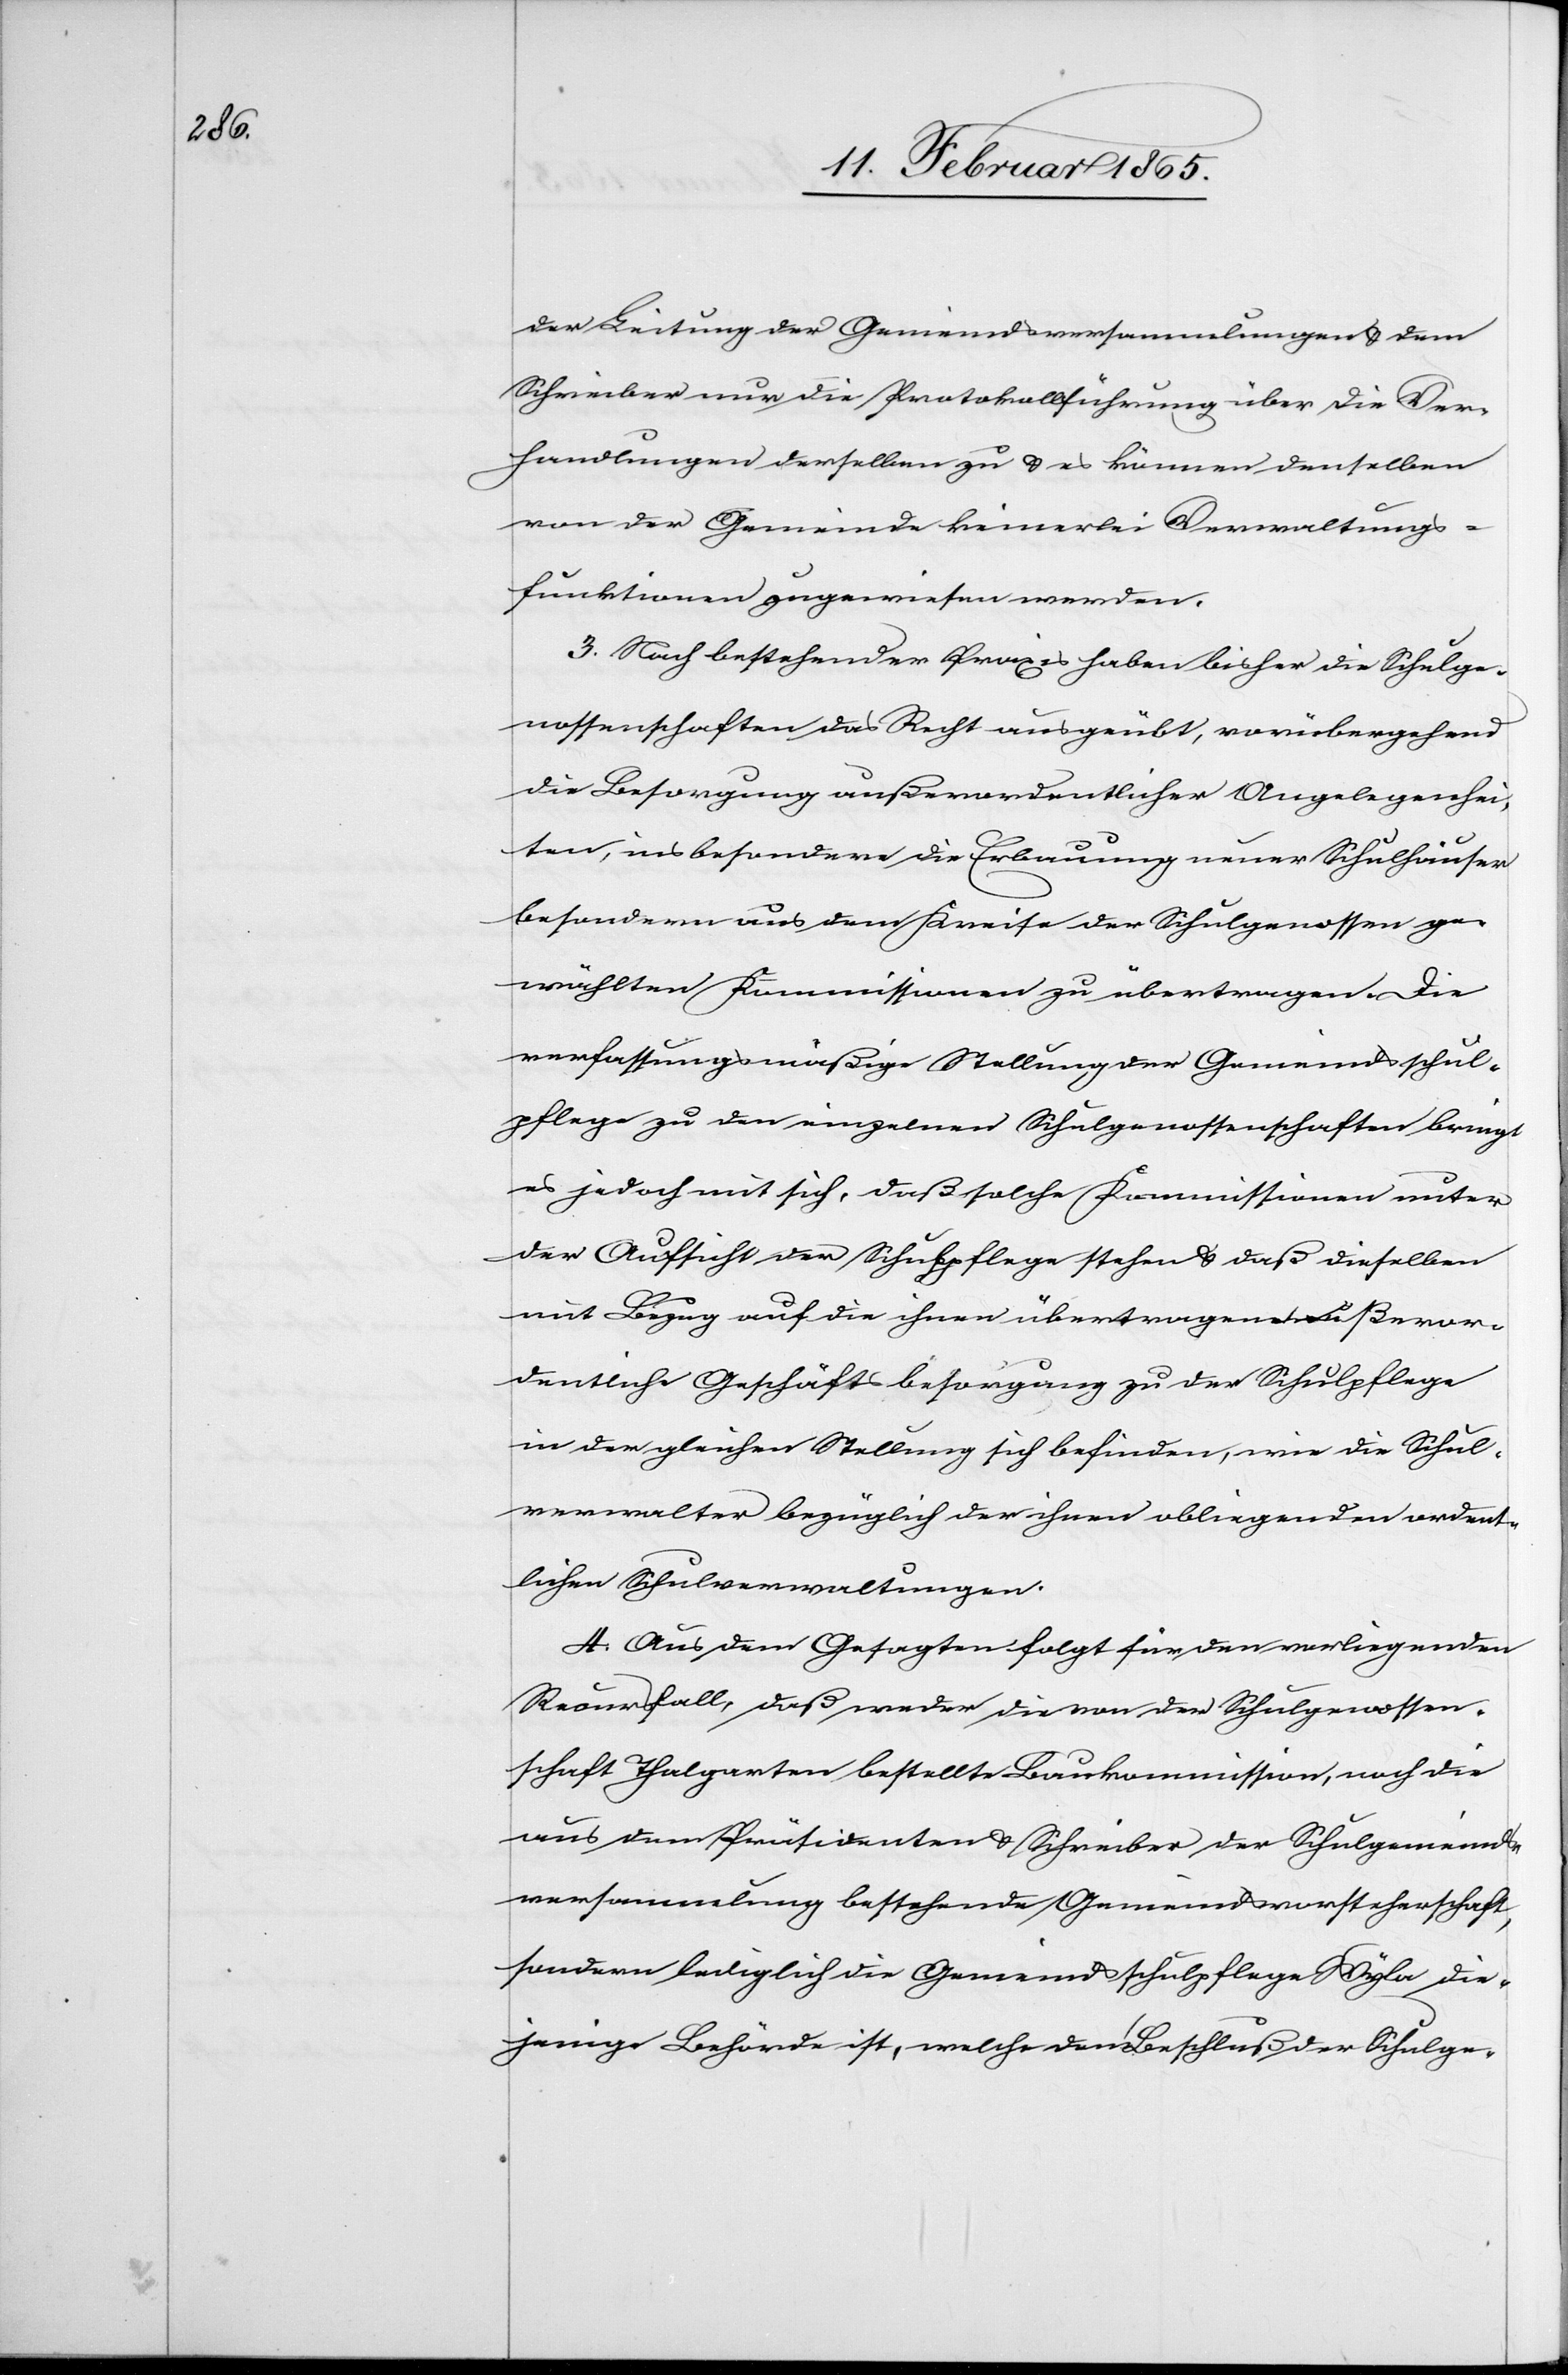
der Leitung der Gemeindsversammlungen u. dem
Schreiber nur die Protokollführung über die Ver¬
handlungen derselben zu u. es können denselben
von der Gemeinde keinerlei Verwaltungs¬
funktionen zugewiesen werden.
3. Nach bestehender Praxis haben bisher die Schulge¬
nossenschaften das Recht ausgeübt, vorübergehend
die Besorgung außerordentlicher Angelegenhei¬
ten, ins besondere die Erbauung neuer Schulhäuser
besondern aus dem Kreise der Schulgenossen ge¬
wählten Kommissionen zu übertragen. Die
verfassungsmäßige Stellung der Gemeindsschul¬
pflege zu den einzelnen Schulgenossenschaften bringt
es jedoch mit sich, daß solche Kommissionen unter
der Aufsicht der Schulpflege stehen u. daß dieselben
mit Bezug auf die ihnen übertragene außeror¬
dentliche Geschäftsbesorgung zu der Schulpflege
in der gleichen Stellung sich befinden, wie die Schul¬
verwalter bezüglich der ihnen obliegenden ordent¬
lichen Schulverwaltungen.
4. Aus dem Gesagten folgt für den vorliegenden
Recursfall, daß weder die von der Schulgenossen¬
schaft Thalgarten bestellte Baukommission, noch die
aus dem Präsidenten u. Schreiber der Schulgemeinds¬
versammlung bestehende Gemeindsvorsteherschaft,
sondern lediglich die Gemeindsschulpflege Wyla die¬
jenige Behörde ist, welche den Beschluß der Schulge-